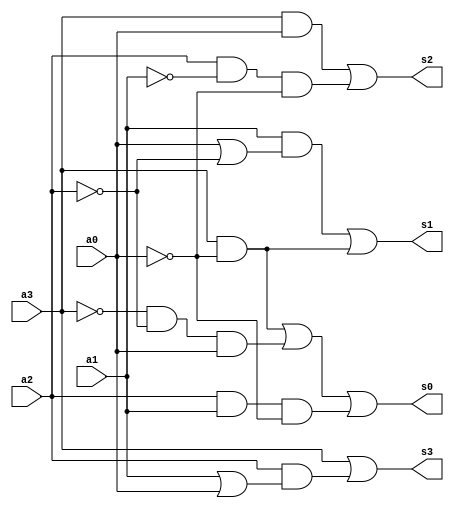
module shiftadd(a3, a2, a1, a0, s3, s2, s1, s0);

	input a3;
	input a2;
	input a1;
	input a0;
	output s3;
	output s2;
	output s1;
	output s0;

	assign s3 = a3 | (a2&(a1|a0));
	assign s2 = (a3&a0) | (a2&(~a1)&(~a0));
	assign s1 = (a1&(a0|~(a2))) | (a3&(~a0));
	assign s0 = (a3&(~a0)) | ((~a3)&(~a2)&a0) | (a2&a1&(~a0));

endmodule